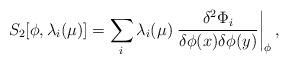
LaTeX: \begin{align*}S_2[\phi,\lambda_i(\mu)] = \sum_i \lambda_i(\mu) \left.{\delta^2\Phi_i\over\delta\phi(x)\delta\phi(y)}\right|_{\phi},\end{align*}